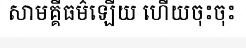
សាមគ្គីធម៌ឡើយ ហើយចុះចុះ